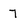
Character: 7